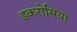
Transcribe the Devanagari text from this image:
इकरोसिया